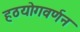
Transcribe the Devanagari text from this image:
हठयोगवर्णन